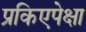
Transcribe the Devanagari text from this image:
प्रकिएपेक्षा